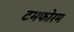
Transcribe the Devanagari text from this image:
टमफोरम